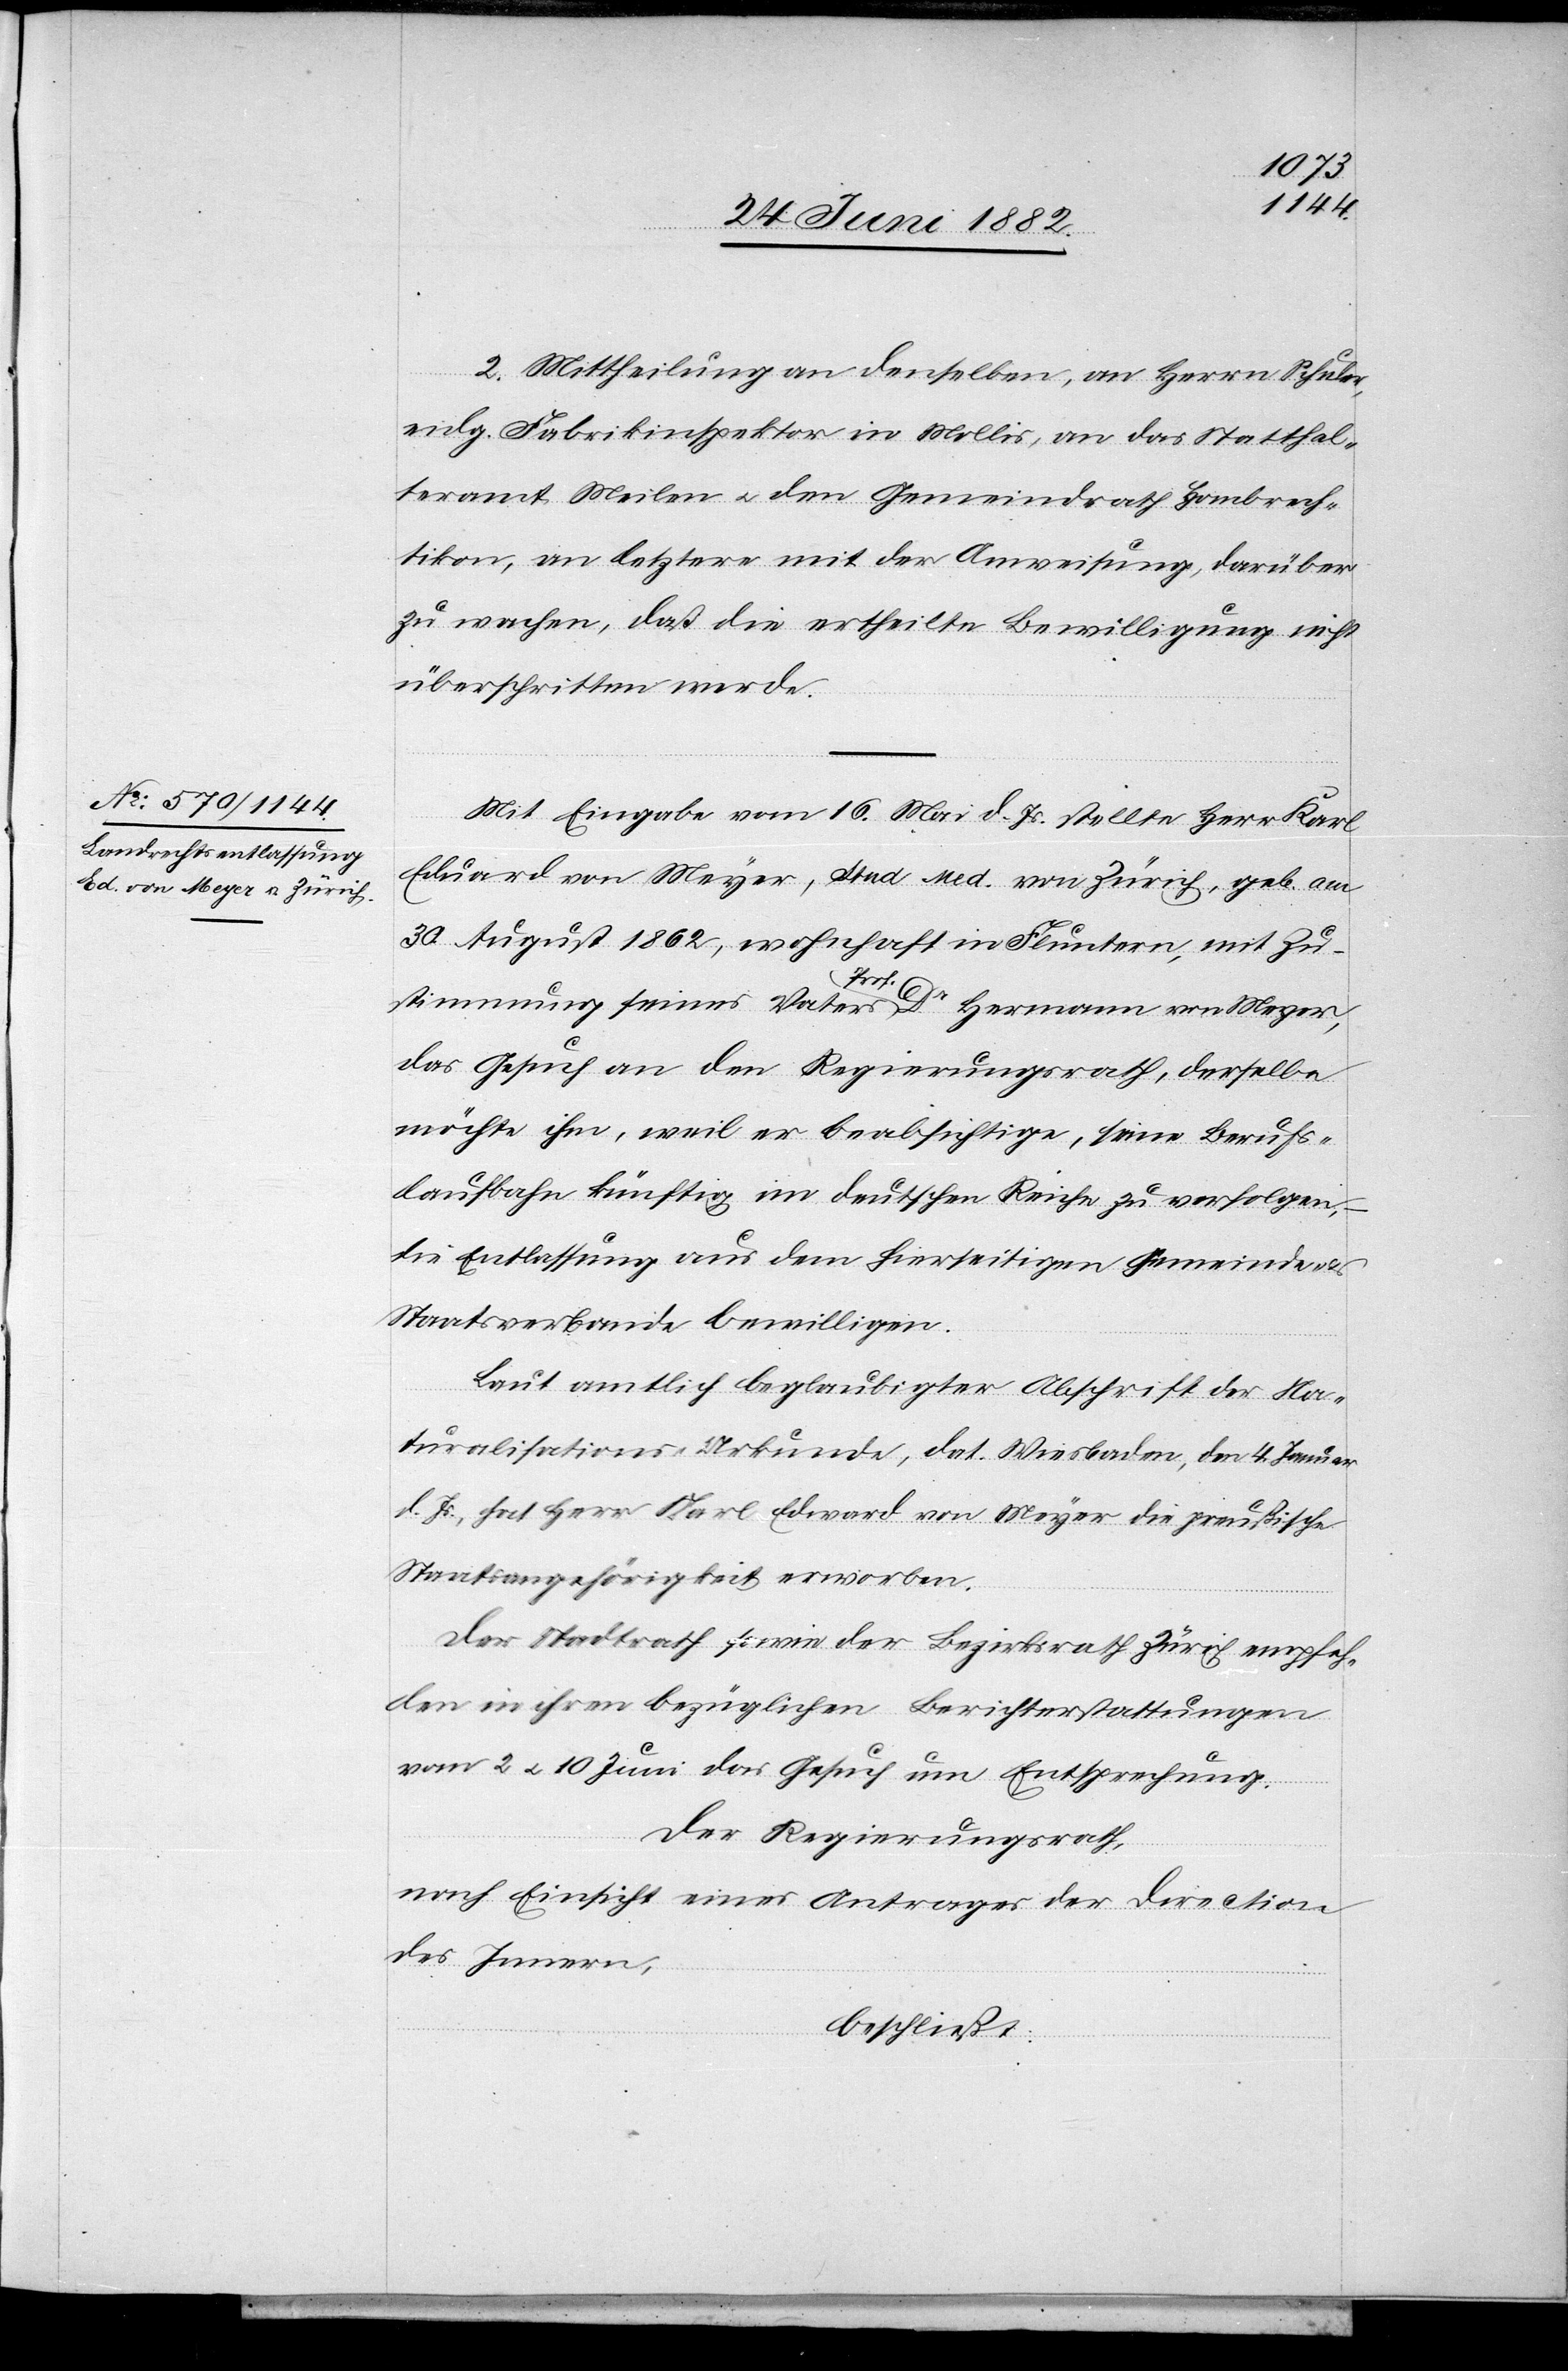
2. Mittheilung an denselben, an Herrn Schuler,
eidg. Fabrikinspektor in Mollis, an das Statthal¬
teramt Meilen u. den Gemeindrath Hombrech¬
tikon, an letztere mit der Anweisung, darüber
zu wachen, daß die ertheilte Bewilligung nicht
überschritten werde.
Mit Eingabe vom 16. Mai d. Js. stellte Herr Karl
Eduard von Meyer, stud. med. von Zürich, geb. am
30. August 1862, wohnhaft in Fluntern, mit Zu¬
stimmung seines Vaters Prof. Dr Hermann von Meyer,
das Gesuch an den Regierungsrath, derselbe
möchte ihn, weil er beabsichtige, seine Berufs¬
laufbahn künftig im deutschen Reiche zu verfolgen,
die Entlassung aus dem hierseitigen Gemeinde-
Staatsverbande bewilligen.
Laut amtlich beglaubigter Abschrift der Na¬
turalisations-Urkunde, dat. Wiesbaden, den 4. Januar
d. Js., hat Herr Karl Edward [sic!] von Meyer die preußische
Staatsangehörigkeit erworben.
Der Stadtrath sowie der Bezirksrath Zürich empfeh¬
len in ihren bezüglichen Berichterstattungen
vom 2. u. 10. Juni das Gesuch um Entsprechung.
Der Regierungsrath,
nach Einsicht eines Antrages der Direction
des Innern,
beschließt: